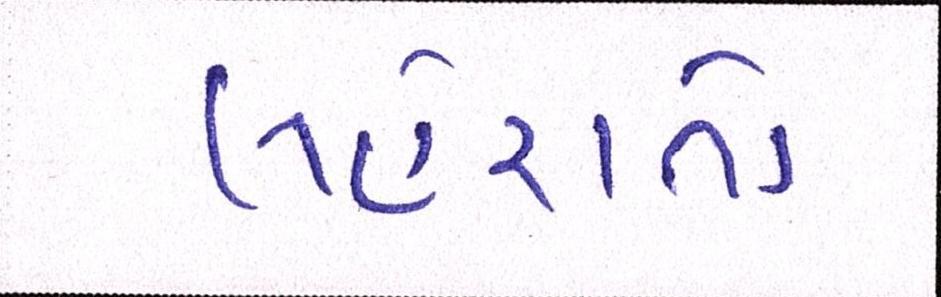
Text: લહેરાતો